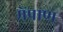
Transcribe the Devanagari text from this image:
मेंप्राण